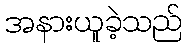
အနားယူခဲ့သည်